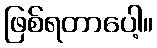
ဖြစ်ရတာပေါ့။